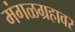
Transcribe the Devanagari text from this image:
मंगळग्रहावर